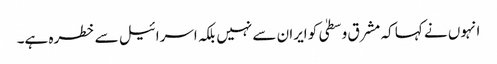
انہوں نے کہا کہ مشرق وسطیٰ کو ایران سے نہیں بلکہ اسرائیل سے خطرہ ہے۔